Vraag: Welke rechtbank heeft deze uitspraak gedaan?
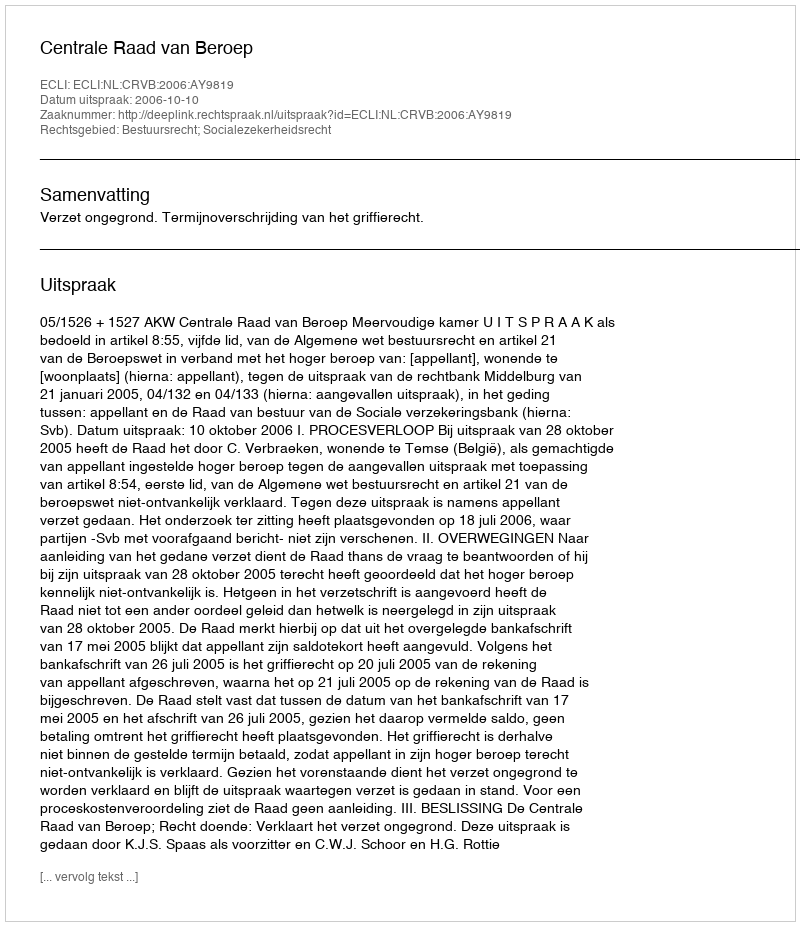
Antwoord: Centrale Raad van Beroep